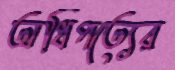
অধিপত্যের